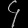
Digit: ၄